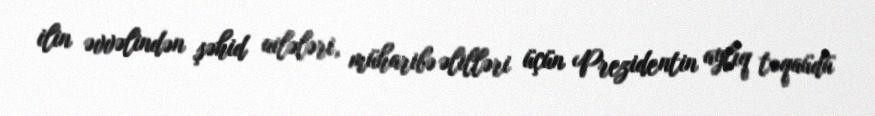
ilin əvvəlindən şəhid ailələri, müharibə əlilləri üçün Prezidentin aylıq təqaüdü